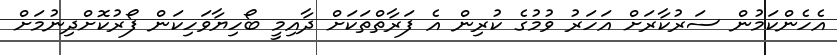
އެހެންކަމުން ސަރުކާރަށް އަހަރު ވުމުގެ ކުރިން އެ ފަރާތްތަކަށް ދާއިމީ ބޯހިޔާވަހިކަން ފޯރުކޮށްދިނުމަށް